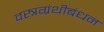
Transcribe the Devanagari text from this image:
वस्त्रग्रंथीबंधन